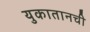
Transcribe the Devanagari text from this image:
युकातानची